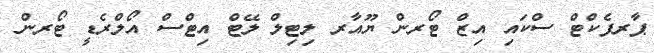
ޕާރފެކްޓް ސްކައި އިޒް ޓޯރން ޔޫއާރ ލިޓިލް ލޭޓް އިޓްސް އޯލްރެޑީ ޓޯރން